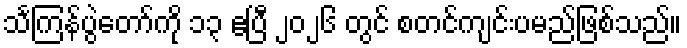
သင်္ကြန်ပွဲတော်ကို ၁၃ ဧပြီ ၂၀၂၆ တွင် စတင်ကျင်းပမည်ဖြစ်သည်။